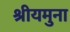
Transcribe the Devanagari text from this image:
श्रीयमुना